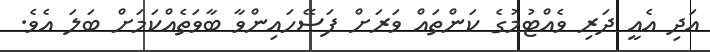
އަދި އެއީ ދަރި ވެއްޓުމުގެ ކަންތައް ވަރަށް ފަސޭހައިންވާ ބާވަތެއްކަމަށް ބަލަ އެވެ.